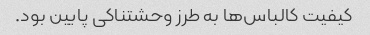
کیفیت کالباس‌ها به طرز وحشتناکی پایین بود.